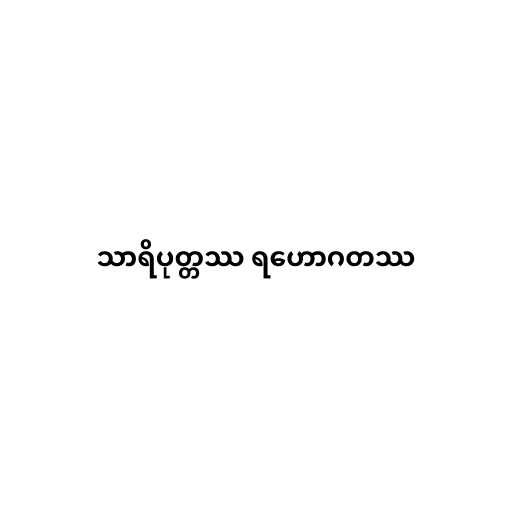
သာရိပုတ္တဿ ရဟောဂတဿ